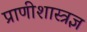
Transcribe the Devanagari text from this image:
प्राणीशास्त्रज्ञ